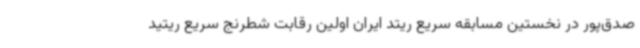
صدق‌پور در نخستین مسابقه سریع ریتد ایران اولین رقابت‌ شطرنج سریع ریتید